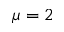
\mu = 2